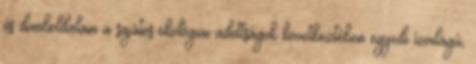
és domboldalain a sajátos ökológiai adottságok következtében egyedi ízvilágú,